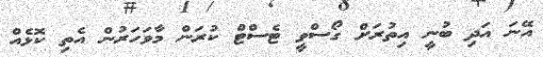
އޭނަ އަދި ބުނީ އިތުރަށް ގޯސްވީ ޓެސްޓް ކުރަން މާވަހަރުން އެތި ކޮޅެއް